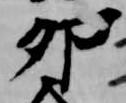
卯